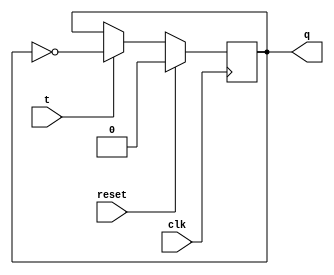
`timescale 1ns / 1ps
//////////////////////////////////////////////////////////////////////////////////
// Company: 
// Engineer: 
// 
// Design Name: 
// Module Name: T_ff
// Project Name: 
// Target Devices: 
// Tool Versions: 
// Description: 
// 
// Dependencies: 
// 
// Revision:
// Revision 0.01 - File Created
// Additional Comments:
// 
//////////////////////////////////////////////////////////////////////////////////


module T_ff (input clk, reset, t, output reg q);
    always @ (posedge clk) begin
        if (reset)
            q <= 0;
        else begin
            if (t)
                q <= ~q;
            else
                q <= q;
        end
    end
endmodule